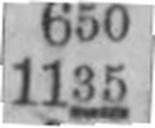
1135